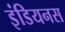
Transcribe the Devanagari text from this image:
इंडियनस